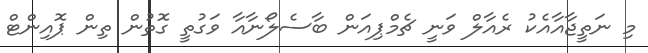
މި ނަތީޖާއާއެކު ރެއާލް ވަނީ ޗެމްޕިއަން ބާސެލޯނާއާ ވަގުތީ ގޮތުން ތިން ޕޮއިންޓް